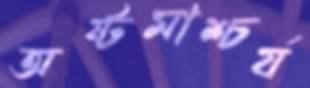
অষ্টমাশ্চর্য